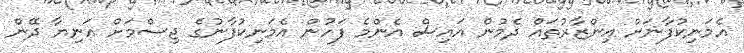
އެމަނިކުފާނަށް އިންޒާރުތައް ދެމުން އައިސް އެންމެ ފަހުން އެމަނިކުފާނުގެ ޖިސްމަށް އަނިޔާ ދޭން